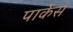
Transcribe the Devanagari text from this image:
पार्केस